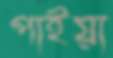
পাইয়া